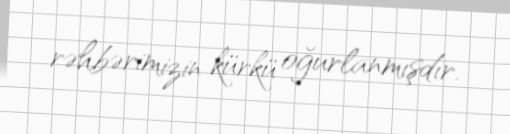
rəhbərimizin kürkü oğurlanmışdır.